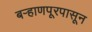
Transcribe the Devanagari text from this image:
बऱ्हाणपूरपासून